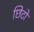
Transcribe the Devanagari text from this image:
छिटो